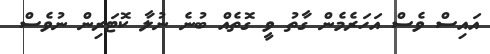
އައިސް ވެސް އަހަރެމެން ގާތު ވީ ގޮތެއް ބުނެ ނުލާ ކޮޓަރިން ނުވެސް